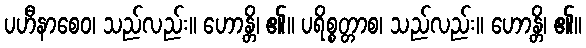
ပဟီနာစေဝ၊ သည်လည်း။ ဟောန္တိ၊ ၏။ ပရိစ္စတ္တာစ၊ သည်လည်း။ ဟောန္တိ၊ ၏။